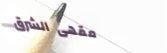
مقهى الشرق